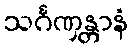
သင်္ဂဏှန္တာနံ